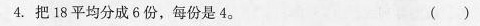
4.把18平均分成6份，每份是4（ ）